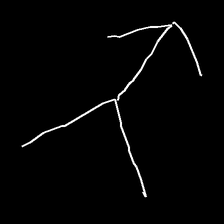
Glyph: gather